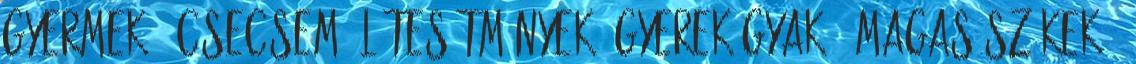
Gyermek csecsemő létesítmények: Gyerekágyak , Magas székek ,